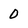
Character: 0